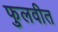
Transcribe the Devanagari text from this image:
फुलवीत